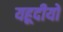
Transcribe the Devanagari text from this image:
यहूदीयों